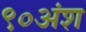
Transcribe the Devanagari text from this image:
९०अंश